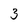
Character: 3